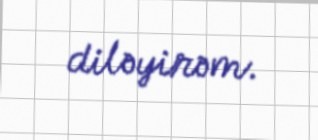
diləyirəm.